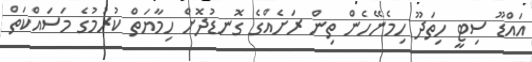
އައްޑޫ ސިޓީ ހިތަދޫ ހިމެނޭހެން ތިން ރަށެއްގެ ގޮނޑުދޮށް ހިމާޔަތް ކުރުމުގެ މަސައްކަތް